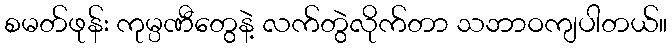
စမတ်ဖုန်း ကုမ္ပဏီတွေနဲ့ လက်တွဲလိုက်တာ သဘာဝကျပါတယ်။